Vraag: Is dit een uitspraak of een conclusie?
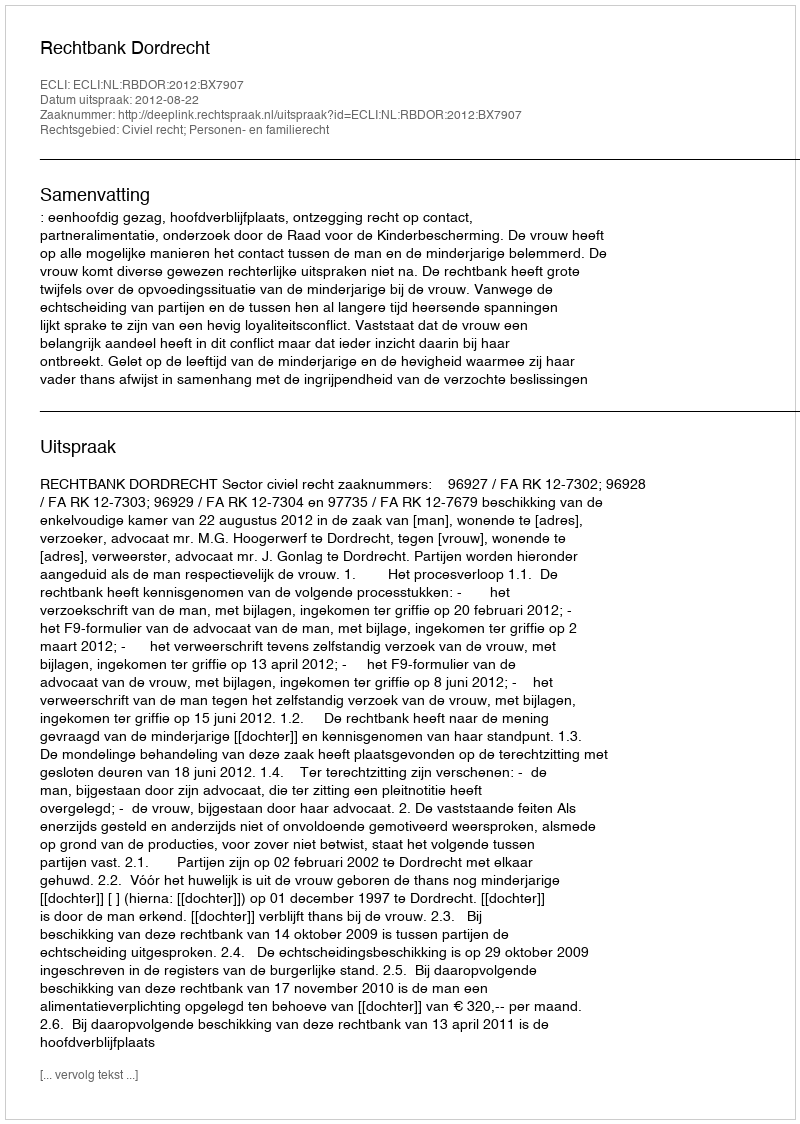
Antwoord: Uitspraak